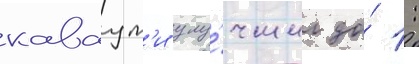
каваут'и улу́чшил до́ 1: